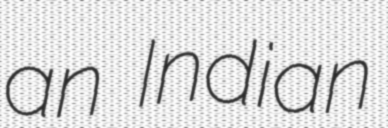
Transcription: an Indian